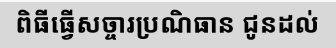
ពិធីធ្វើសច្ចារប្រណិធាន ជូនដល់